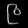
Digit: ၉